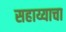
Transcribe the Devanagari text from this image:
सहाय्याचा